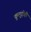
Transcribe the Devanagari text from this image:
कुलुड़ीही